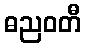
ဓညဝတီ